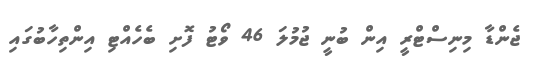
ޖެންޑާ މިނިސްޓްރީ އިން ބުނީ ޖުމުލަ 46 ވޯޓު ފޮށި ބެހެއްޓި އިންތިހާބުގައި